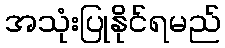
အသုံးပြုနိုင်ရမည်